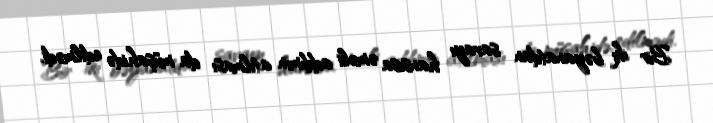
Bir iki bəyanatdan savayı hansısa əməli addımın atılması da müşahidə edilmədi.